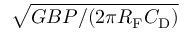
\sqrt { G B P / ( 2 \pi R _ { \mathrm { F } } C _ { \mathrm { D } } ) }